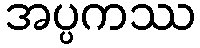
အပ္ပကဿ